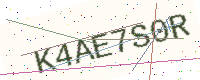
Text: K4AE7S0R